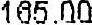
165.00